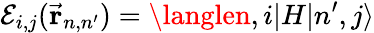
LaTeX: \mathcal{E}_{i,j}({\vec{{\mathbf{{r}}}}}_{n,n^{\prime}})=\langlen,i|H|n^{\prime},j\rangle